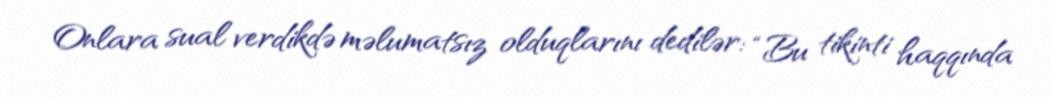
Onlara sual verdikdə məlumatsız olduqlarını dedilər: “Bu tikinti haqqında